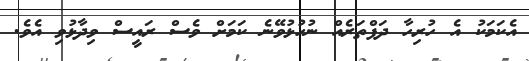
އެކަމަކު އެ ހުރިހާ ދަފްތަރެއް ނުހުޅުވޭނެ ކަމަށް ވެސް ރައީސް ވިދާޅުވި އެވެ.